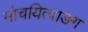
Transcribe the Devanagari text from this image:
मोचयित्वाङग